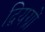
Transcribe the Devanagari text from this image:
द्वियग्रों